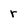
Character: r